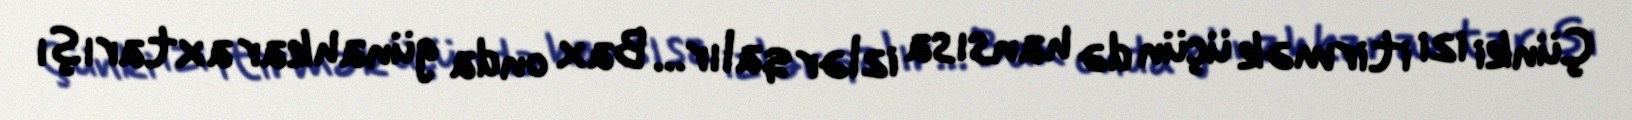
Çünki izi itirmək üçün də hansısa izlər qalır... Bax onda günahkar axtarışı